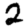
Digit: 2